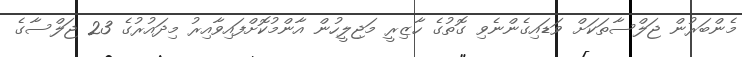
މެންބަރުން ޖަލްސާތަކަށް ވަޑައިގެންނެވި ގޮތުގެ ހާޒިރީ މަޖިލީހުން އާންމުކޮށްފައިވާއިރު މިދައުރުގެ 23 ޖަލްސާގެ